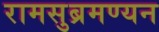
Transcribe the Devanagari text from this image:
रामसुब्रमण्यन